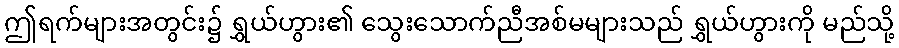
ဤရက်များအတွင်း၌ ရွှယ်ဟွား၏ သွေးသောက်ညီအစ်မများသည် ရွှယ်ဟွားကို မည်သို့